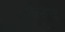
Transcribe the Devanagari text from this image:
हिउंगनु